Scottish Certificate of Education, 1963
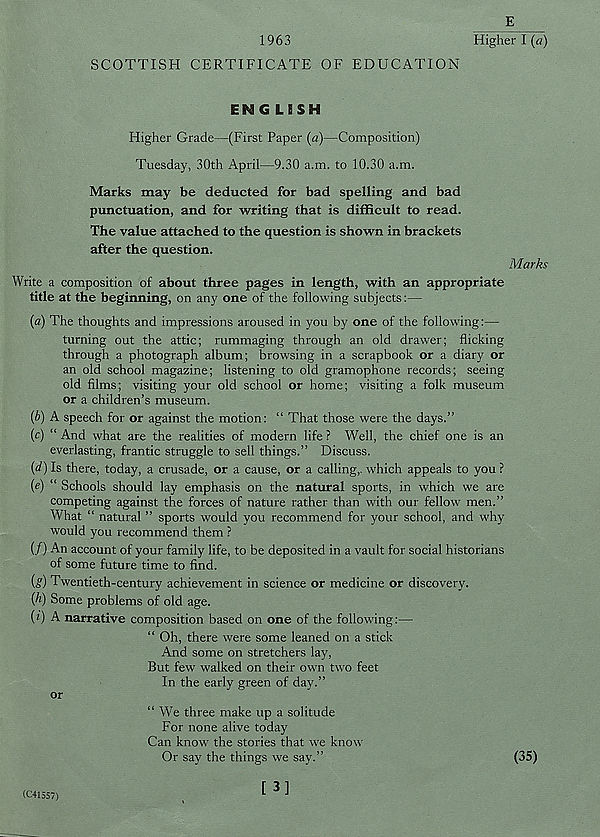
E
1963
Higher I (a)
SCOTTISH CERTIFICATE OF EDUCATION
ENG LSSH
Higher Grade—(First Paper (a)—Composition)
Tuesday, 30th April—9.30 a.m. to 10.30 a.m.
Marks may be deducted for bad spelling and bad
punctuation, and for writing that is difficult to read.
The value attached to the question is shown in brackets
after the question.
Marks
Write a composition of about three pages in length, with an appropriate
title at the beginning, on any one of the following subjects:—
(a) The thoughts and impressions aroused in you by one of the following:—
turning out the attic; rummaging through an old drawer; flicking
through a photograph album; browsing in a scrapbook or a diary or
an old school magazine; listening to old gramophone records; seeing
old films; visiting your old school or home; visiting a folk museum
or a children’s museum.
(b) A speech for or against the motion: “ That those were the days.”
(c) “ And what are the realities of modern life ? Well, the chief one is an
everlasting, frantic struggle to sell things.” Discuss.
(d) Is there, today, a crusade, or a cause, or a calling,, which appeals to you ?
(e) “ Schools should lay emphasis on the natural sports, in which we are
competing against the forces of nature rather than with our fellow men.”
What “ natural ” sports would you recommend for your school, and why
would you recommend them ?
(/) An account of your family life, to be deposited in a vault for social historians
of some future time to find.
(s) Twentieth-century achievement in science or medicine or discovery.
(b) Some problems of old age.
(i) A narrative composition based on one of the following:—
“ Oh, there were some leaned on a stick
And some on stretchers lay,
But few walked on their own two feet
In the early green of day.”
or
“ We three make up a solitude
For none alive today
Can know the stories that we know
Or say the things we say.”
(35)
(041557)
[3]